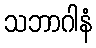
သဘာဂါနံ